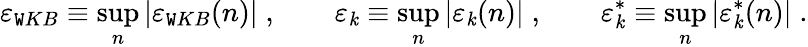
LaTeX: \varepsilon_{\mathtt{W}KB}\equiv\operatorname*{sup}_{n}|\varepsilon_{\mathtt{W}KB}(n)|\; ,\qquad\varepsilon_{\mathit{k}}\equiv\operatorname*{sup}_{n}|\varepsilon_{\mathit{k}}(n)|\; ,\qquad\varepsilon_{\mathit{k}}^{*}\equiv\operatorname*{sup}_{n}|\varepsilon_{\mathit{k}}^{*}(n)|\; .